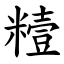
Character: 䊦